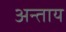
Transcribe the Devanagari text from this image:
अन्ताय